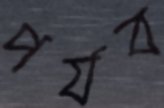
পর্যব